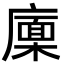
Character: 𢋏